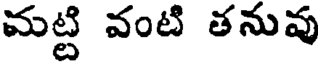
మట్టి వంటి తనువు